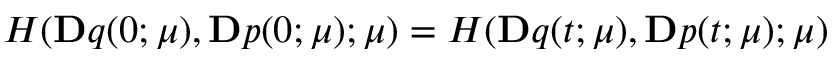
H ( \ensuremath { \mathbf Ḋ q Ḍ } ( 0 ; \ensuremath { \boldsymbol Ḋ \mu Ḍ } ) , \ensuremath { \mathbf Ḋ p Ḍ } ( 0 ; \ensuremath { \boldsymbol Ḋ \mu Ḍ } ) ; \ensuremath { \boldsymbol Ḋ \mu Ḍ } ) = H ( \ensuremath { \mathbf Ḋ q Ḍ } ( t ; \ensuremath { \boldsymbol Ḋ \mu Ḍ } ) , \ensuremath { \mathbf Ḋ p Ḍ } ( t ; \ensuremath { \boldsymbol Ḋ \mu Ḍ } ) ; \ensuremath { \boldsymbol Ḋ \mu Ḍ } )